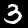
Label: 3